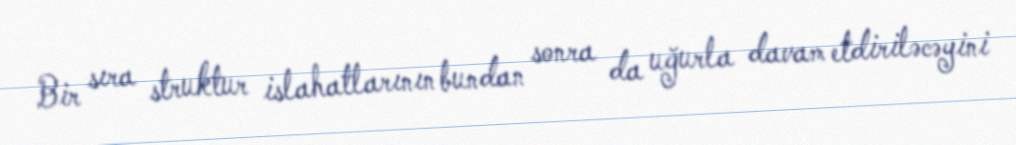
Bir sıra struktur islahatlarının bundan sonra da uğurla davam etdiriləcəyini